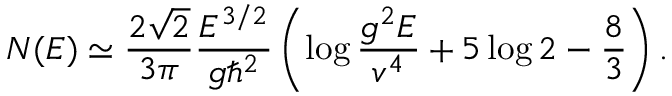
N ( E ) \simeq { \frac { 2 \sqrt { 2 } } { 3 \pi } } { \frac { E ^ { 3 / 2 } } { g \hbar ^ { 2 } } } \left( \log { \frac { g ^ { 2 } E } { v ^ { 4 } } } + 5 \log 2 - { \frac { 8 } { 3 } } \right) .